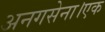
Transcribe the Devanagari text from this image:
अनगसेना।एक